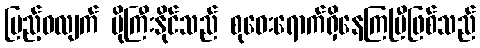
ပြည့်ဝလျက် ပိုကြီးနိုင်သည် စုဝေးရောက်ရှိနေကြပြီဖြစ်သည်